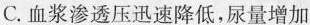
C.血浆渗透压迅速降低，尿量增加